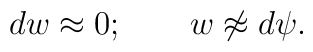
dw \approx 0; \quad \quad w\not \approx d\psi.